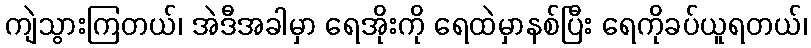
ကျဲသွားကြတယ်၊ အဲဒီအခါမှာ ရေအိုးကို ရေထဲမှာနစ်ပြီး ရေကိုခပ်ယူရတယ်၊